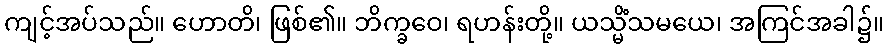
ကျင့်အပ်သည်။ ဟောတိ၊ ဖြစ်၏။ ဘိက္ခဝေ၊ ရဟန်းတို့။ ယသ္မိံသမယေ၊ အကြင်အခါ၌။